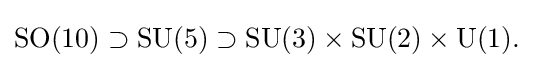
{\rm {SO(10)\supset SU(5)\supset SU(3)\times SU(2)\times U(1).}}